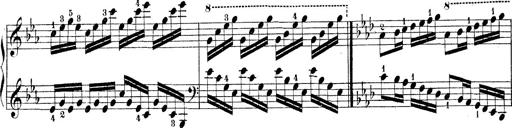
Title: Technische Studien
Composer: Franz Liszt